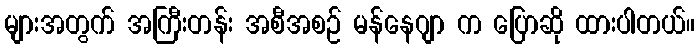
များအတွက် အကြီးတန်း အစီအစဉ် မန်နေဂျာ က ပြောဆို ထားပါတယ်။